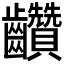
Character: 𪚇